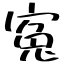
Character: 寃